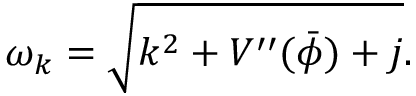
\omega _ { k } = \sqrt { k ^ { 2 } + V ^ { \prime \prime } ( \bar { \phi } ) + j } .